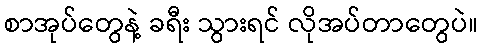
စာအုပ်တွေနဲ့ ခရီး သွားရင် လိုအပ်တာတွေပဲ။